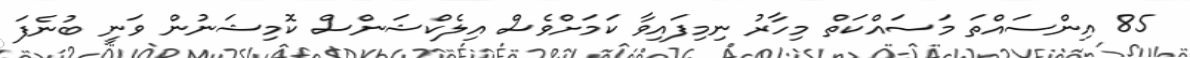
85 އިންސައްތަ މަސައްކަތް މިހާރު ނިމިފައިވާ ކަމަށްވެސް އިލެކްޝަންސް ކޮމިޝަނުން ވަނީ ބުނެފަ